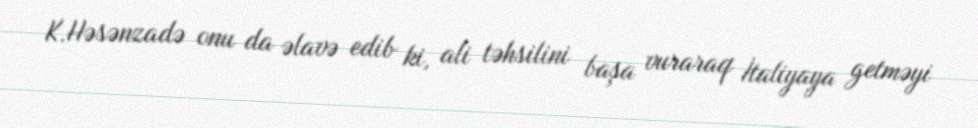
K.Həsənzadə onu da əlavə edib ki, ali təhsilini başa vuraraq İtaliyaya getməyi